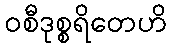
ဝစီဒုစ္စရိတေဟိ